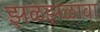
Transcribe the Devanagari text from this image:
झळझळावा